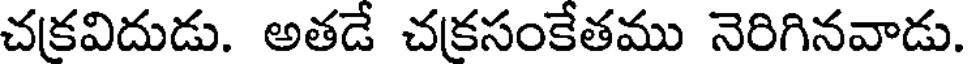
చకవిదుడు. అతడే చకసంకేతము నెరిగినవాడు.